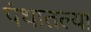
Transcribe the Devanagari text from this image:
पंथातल्या